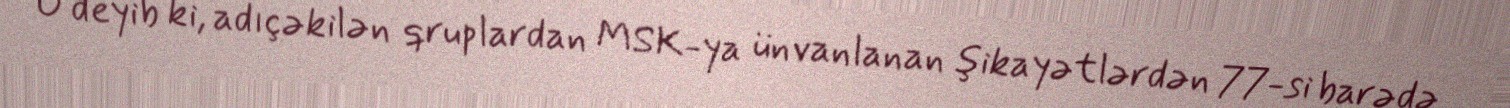
O deyib ki, adıçəkilən qruplardan MSK-ya ünvanlanan şikayətlərdən 77-si barədə